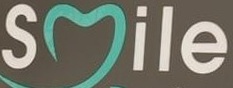
Smile